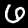
Label: 6